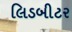
લિડબીટર